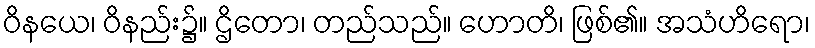
ဝိနယေ၊ ဝိနည်း၌။ ဌိတော၊ တည်သည်။ ဟောတိ၊ ဖြစ်၏။ အသံဟိရော၊